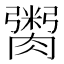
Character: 𮌿